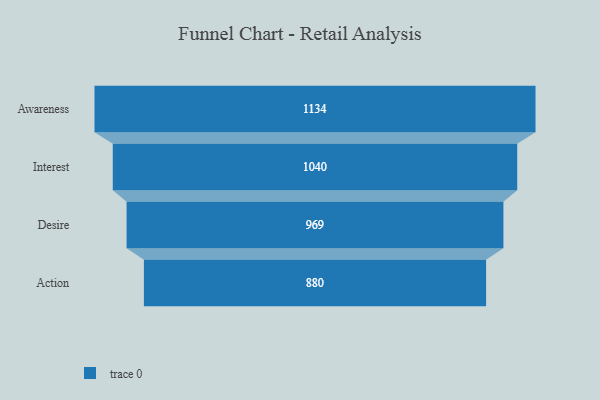
{"axis": {"x": "Stage", "y": "Value"}, "legend": [""], "data": [{"x": "Awareness", "y": 1134.0, "type": ""}, {"x": "Interest", "y": 1040.0, "type": ""}, {"x": "Desire", "y": 969.0, "type": ""}, {"x": "Action", "y": 880.0, "type": ""}]}